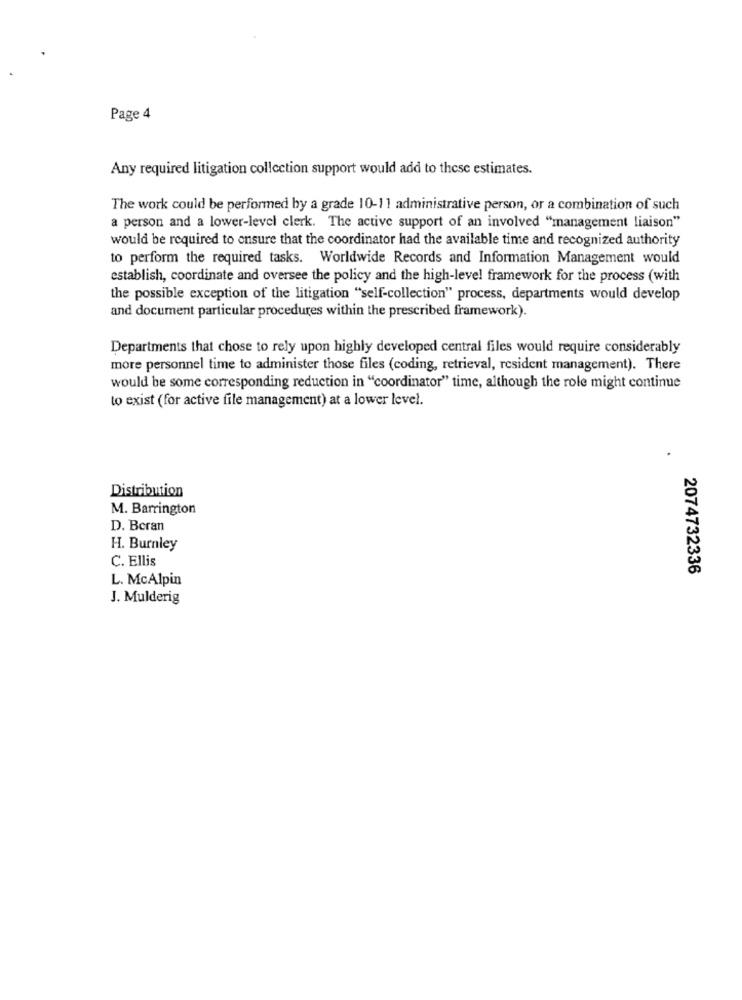
Page 4
Any required litigation collection support would add to these estimates.
The work could be performed by a grade 10-11 administrative person, or a combination of such
a person and a lower-level clerk. The active support of an involved "management liaison"
would be required to ensure that the coordinator had the available time and recognized authority
to perform the required tasks. Worldwide Records and Information Management would
establish, coordinate and oversee the policy and the high-level framework for the process (with
the possible exception of the litigation "self-collection" process, departments would develop
and document particular procedures within the prescribed framework).
Departments that chose to rely upon highly developed central files would require considerably
more personnel time to administer those files (coding, retrieval, resident management). There
would be some corresponding reduction in "coordinator" time, although the role might continue
to exist (for active file management) at a lower level.
Distribution
M. Barrington
D. Beran
H. Burnley
C. Ellis
2074732336
L. McAlpin
J. Mulderig